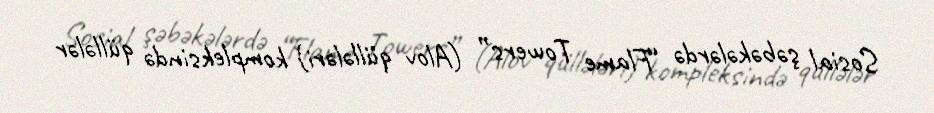
Sosial şəbəkələrdə “Flame Towers” (Alov qüllələri) kompleksində qüllələr